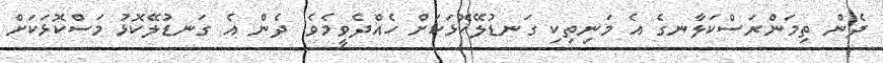
ދެން ތިމަންރަސްކަލާނގެ އެ މަނިތިކި ގަނޑުލޭކޮޅަކަށް ހެއްދެވީމެވެ. ދެން އެ ގަނޑުލޭކޮޅު މަސްކޮޅަކަށް